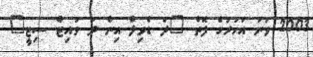
2003 ވަނަ އަހަރުގެ ފޮތް "ދަ ޑެވިލް އިން ދަ ވައިޓް ސިޓީ"